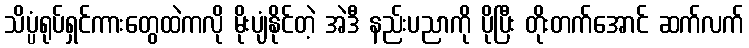
သိပ္ပံရုပ်ရှင်ကားတွေထဲကလို မိုးပျံနိုင်တဲ့ အဲဒီ နည်းပညာကို ပိုပြီး တိုးတက်အောင် ဆက်လက်